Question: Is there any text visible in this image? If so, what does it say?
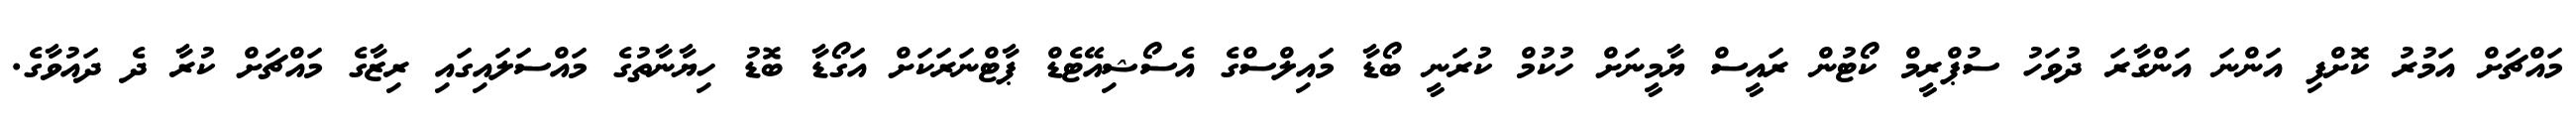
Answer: މައްޗަށް އަމުރު ކޮށްފި އަންނަ އަންގާރަ ދުވަހު ސުޕްރީމް ކޯޓުން ރައީސް ޔާމީނަށް ހުކުމް ކުރަނީ ބޯޑާ މައިލްސްގެ އެސޯޝިއޭޓެޑް ޕާޓްނަރަކަށް އަގޯޑާ ބޮޑު ހިޔާނާތުގެ މައްސަލައިގައި ރިޒާގެ މައްޗަށް ކުރާ ދެ ދައުވާގެ.